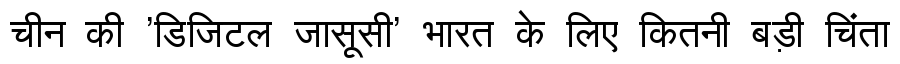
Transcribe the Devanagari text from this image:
चीन की 'डिजिटल जासूसी' भारत के लिए कितनी बड़ी चिंता